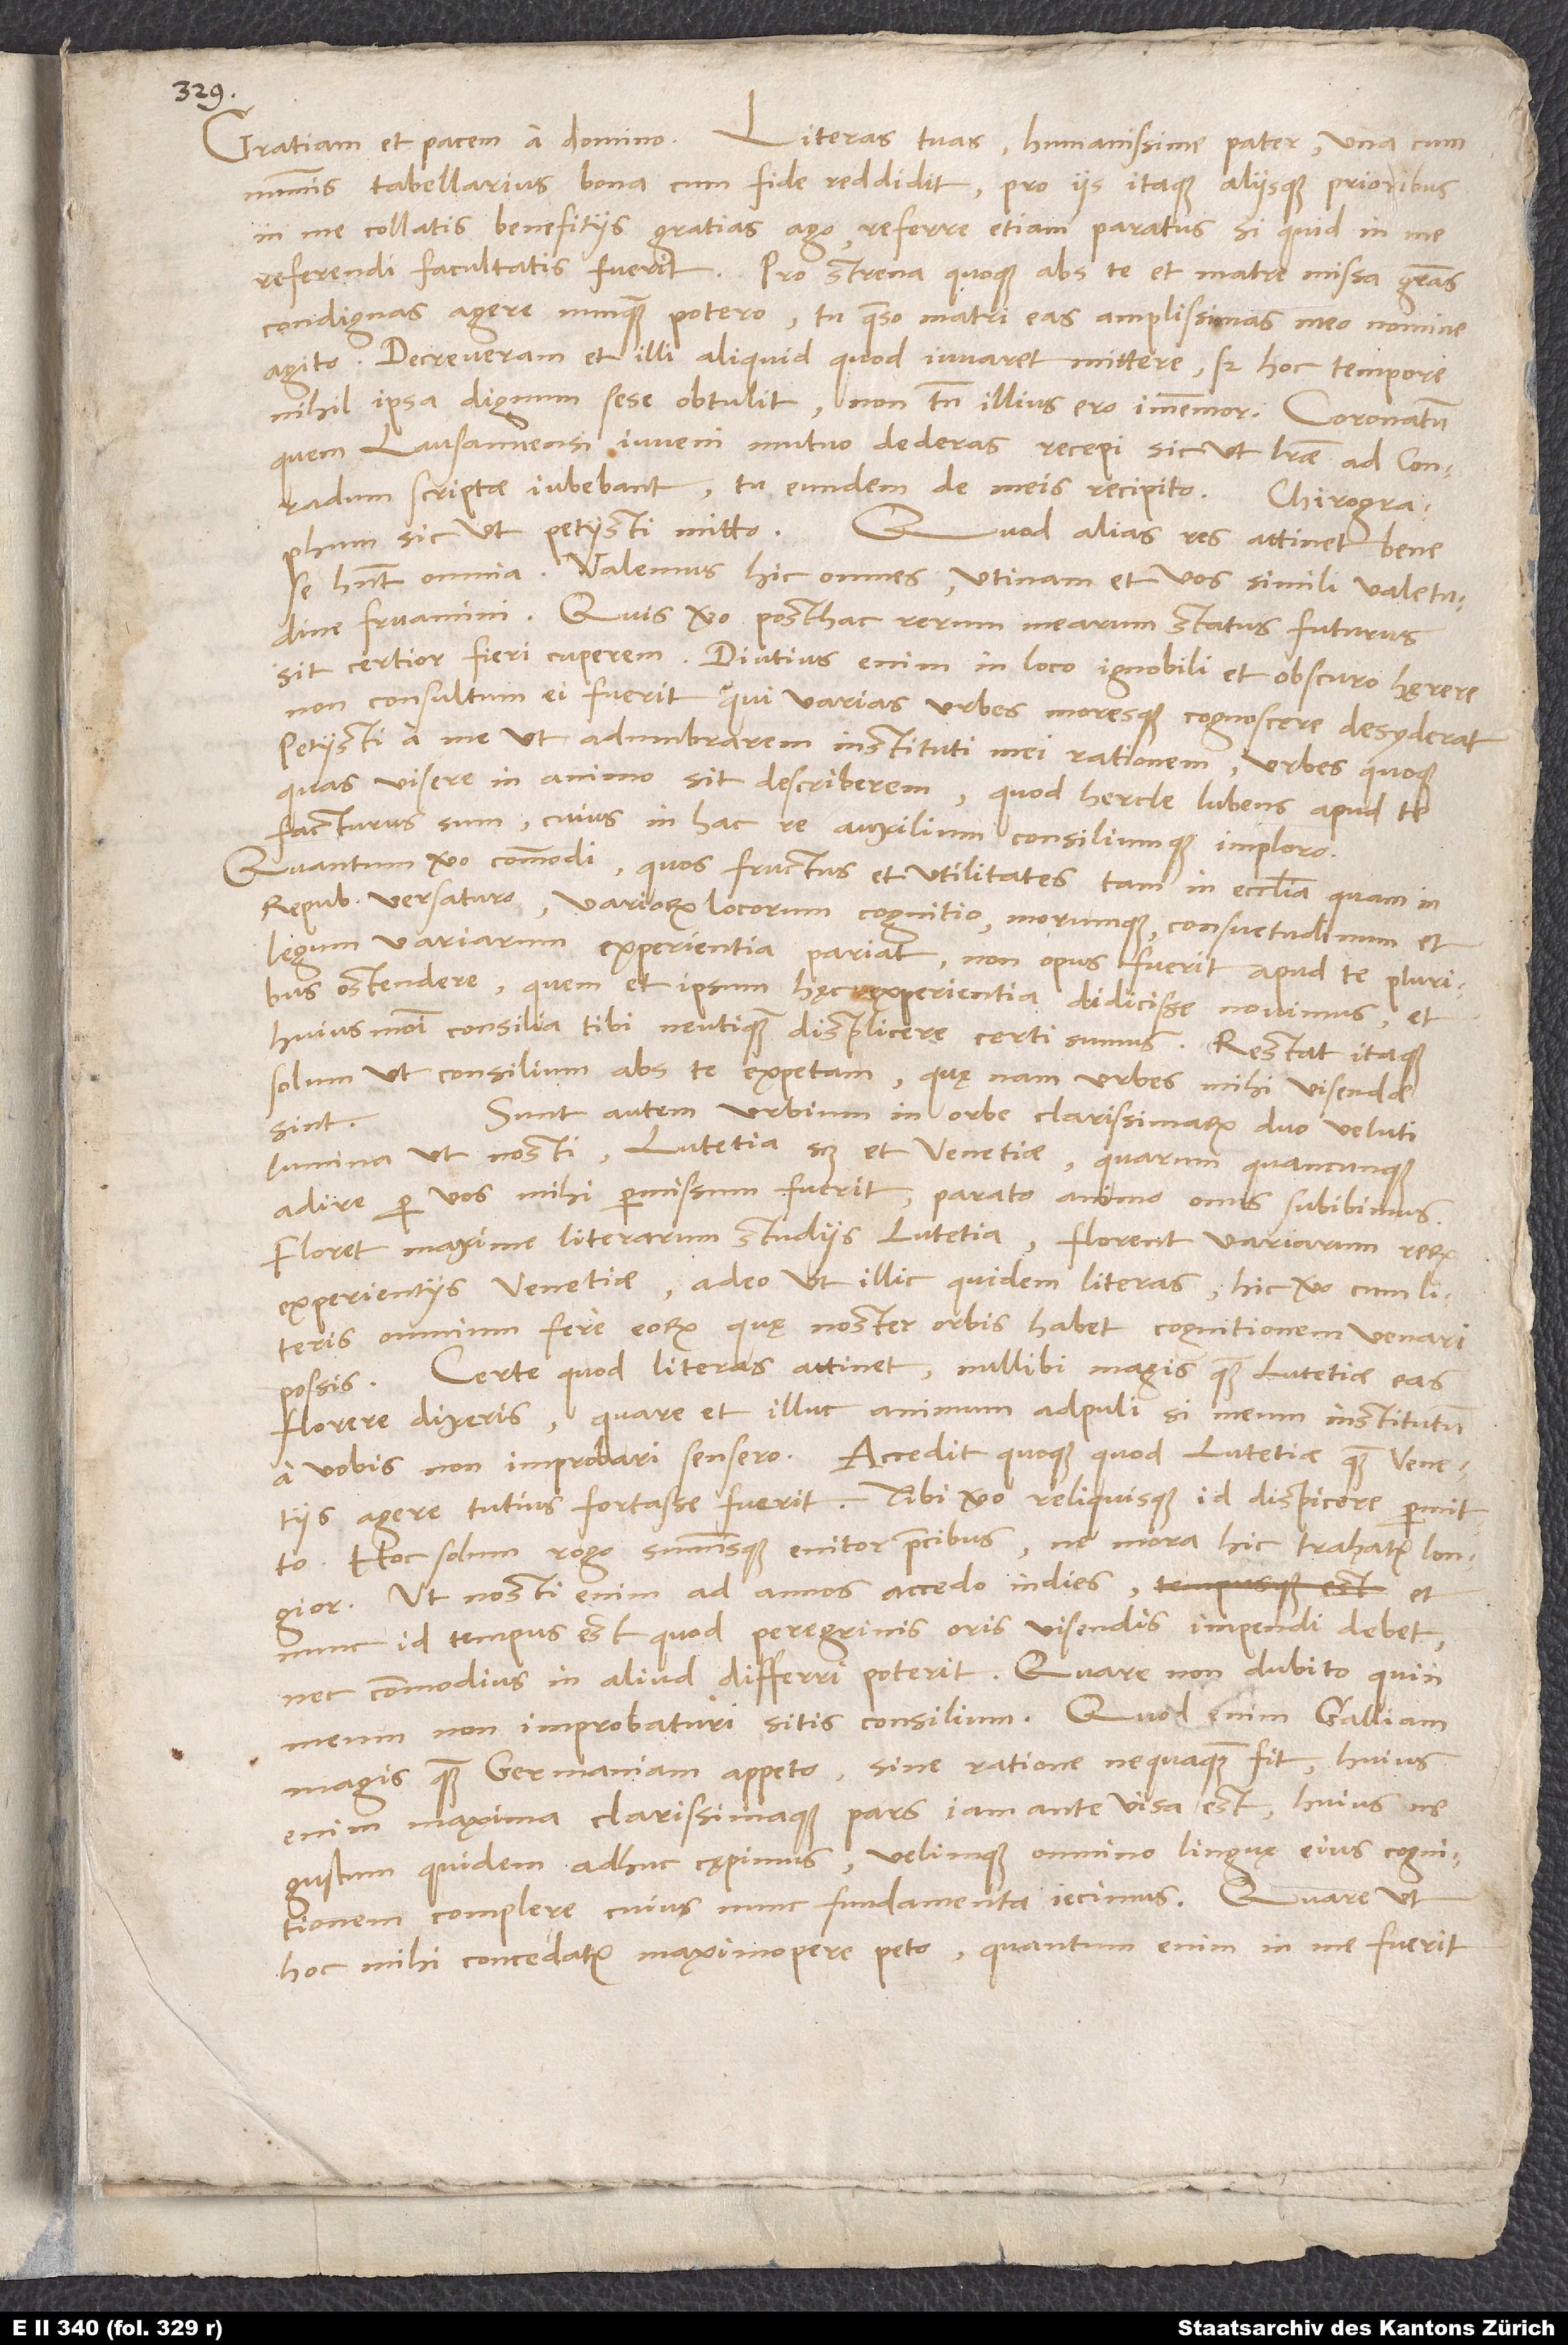
nummis tabellarius bona cum fide reddidit. Pro iis itaque aliisque prioribus
in me collatis benefitiis gratias ago, referre etiam paratus, si quid in me
referendi facultatis fuerit. Pro strena quoque abs te et matre missa gratias
condignas agere nunquam potero; tu, quaeso, matri eas amplissimas meo nomine
agito. Decreveram et illi aliquid, quod iuvaret, mittere, sed hoc tempore
nihil ipsa dignum sese obtulit; non tamen illius ero immemor. Coronatum,
quem Lausannensi iuveni mutuum dederas, recepi sic, ut literae ad Conradum
scriptae iubebant; tu eundem de meis recipito. Chirographum
sic, ut petiisti, mitto.
Quod alias res attinet, bene
se habent omnia. Valemus hic omnes; utinam et vos simili valetudine
fruamini. Quis vero posthac rerum mearum status futurus
sit, certior fieri cuperem. Diutius enim in loco ignobili et obscuro hęrere
non consultum ei fuerit, qui varias urbes moresque cognoscere desyderat.
Petiisti a me, ut adumbrarem instituti mei rationem, urbes quoque,
quas visere in animo sit, describerem, quod hercle lubens apud te
facturus sum, cuius in hac re auxilium consiliumque imploro.
Quantum vero commodi, quos fructus et utilitates tam in ecclesia quam in
republica versaturo variorum locorum cognitio morumque, consuetudinum et
legum variarum experientia pariat, non opus fuerit apud te pluribus
ostendere, quem et ipsum hęc experientia didicisse novimus, et
huiusmodi consilia tibi neutiquam displicere certi sumus. Restat itaque
solum, ut consilium abs te expetam, quę nam urbes mihi visendae
Sunt autem urbium in orbe clarissimarum duo veluti
sint.
lumina, ut nosti, Lutetia scilicet et Venetiae, quarum quancunque
adire per vos mihi permissum fuerit, parato animo onus subibimus.
Floret maxime literarum studiis Lutetia, florent variarum rerum
experientiis Venetiae, adeo ut illic quidem literas, hic vero cum literis
omnium fere eorum, quę noster orbis habet, cognitionem venari
possis. Certe, quod literas attinet, nullibi magis quam Lutetiae eas
florere dixeris, quare et illuc animum adpuli, si meum institutum
a vobis non improbari sensero. Accedit quoque, quod Lutetiae quam Venetiis
agere tutius fortasse fuerit. Tibi vero reliquisque id dispicere permitto.
Hoc solum rogo summisque enitor precibus, ne mora hic trahatur longior.
Ut nosti enim, ad annos accedo in dies, et
nunc id tempus est, quod peregrinis oris visendis impendi debet,
meum non improbaturi sitis consilium. Quod enim Galliam
magis quam Germaniam appeto, sine ratione nequaquam fit; huius
enim maxima clarissimaque pars iam ante visa est, huius ne
gustum quidem adhuc cępimus, velimque omnino linguę eius cognitionem
complere, cuius nunc fundamenta iecimus. Quare, ut
hoc mihi concedatur, maximopere peto; quantum enim in me fuerit,